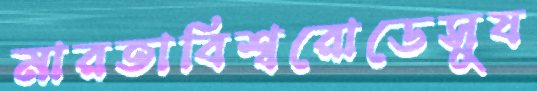
মারতাবিশ্বরোডেসুয